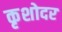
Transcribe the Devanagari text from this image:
कृशोदर